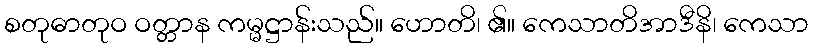
စတုဓာတုဝ ဝတ္တာန ကမ္မဋ္ဌာန်းသည်။ ဟောတိ၊ ၏။ ကေသာတိအာဒီနိ၊ ကေသာ